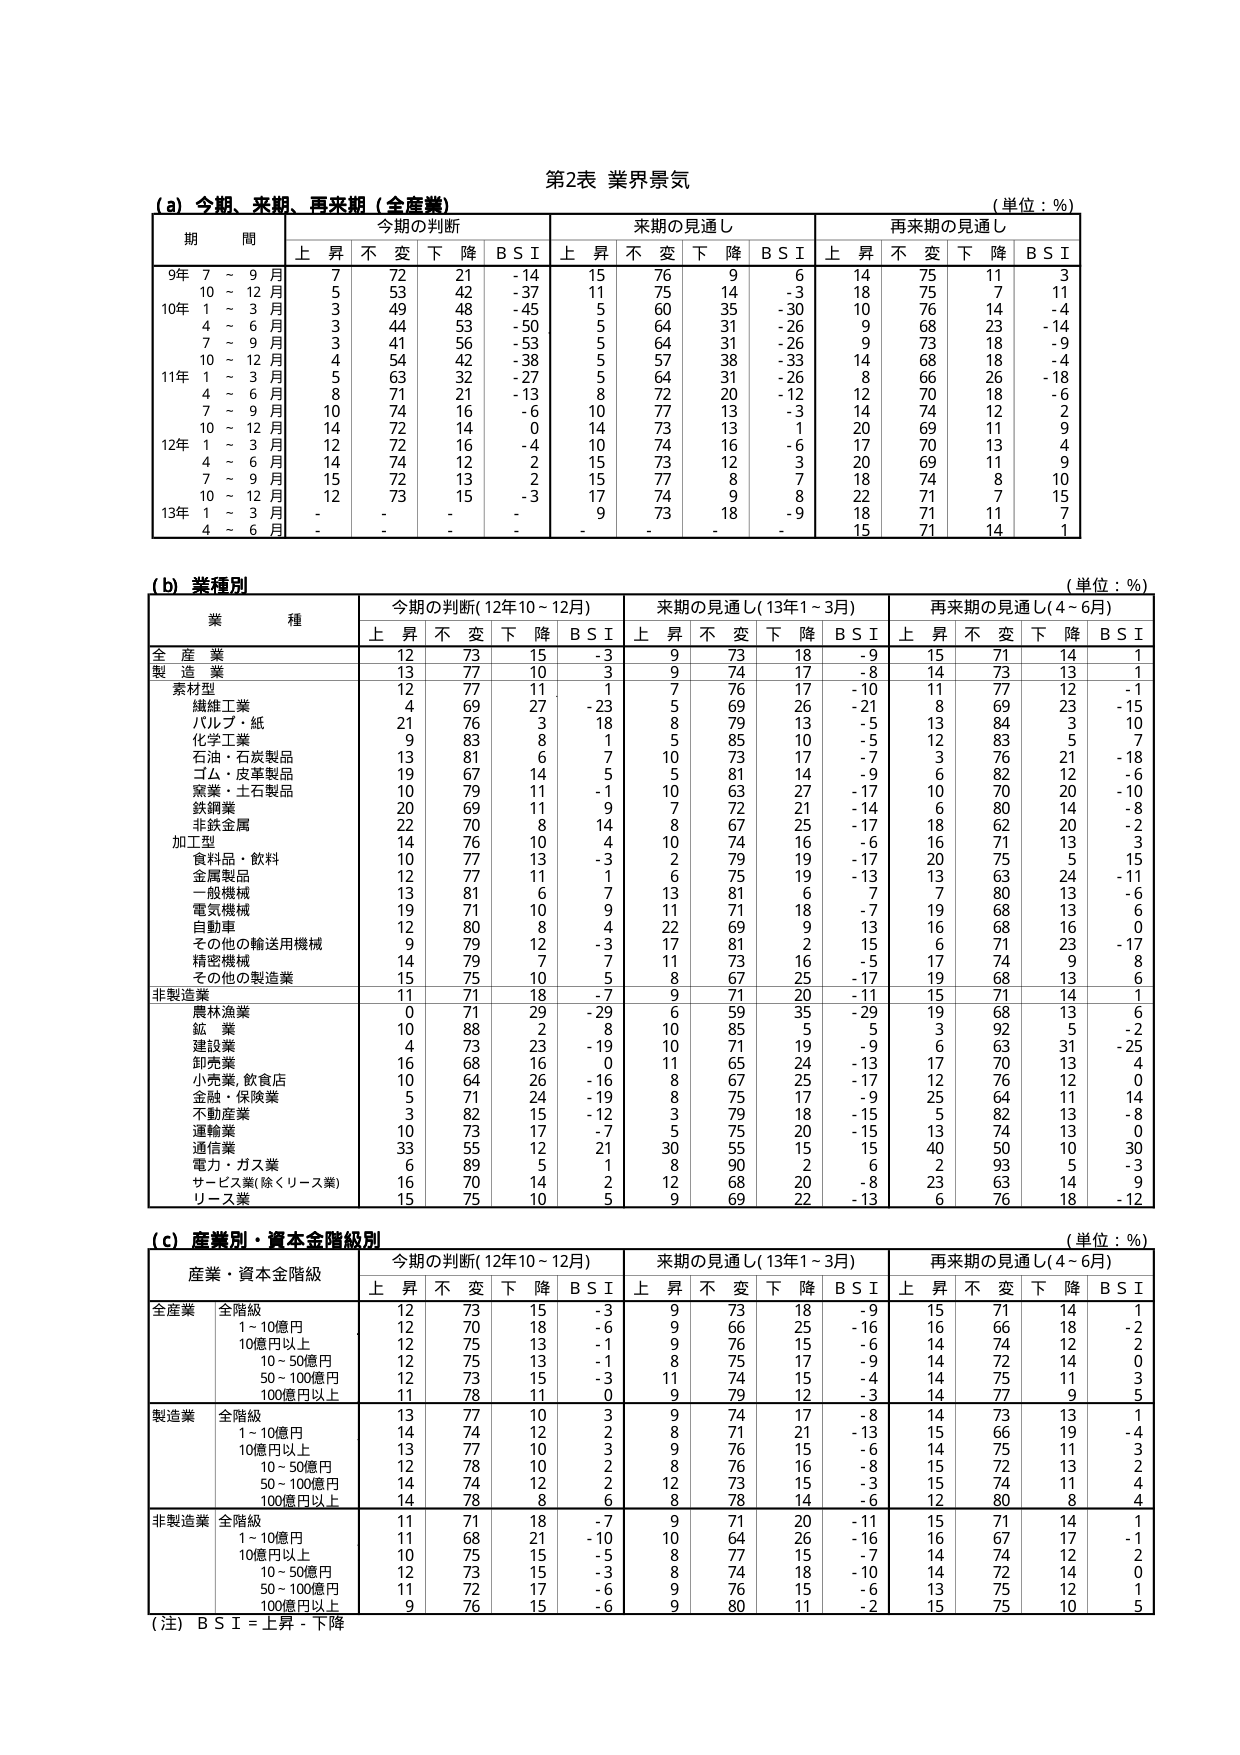
第2表 業界景気

(a) 今期、来期、再来期（全産業）
（単位：%）

期 間 今期の判断 来期の見通し 再来期の見通し
上 昇 不 変 下 降 B S I 上 昇 不 変 下 降 B S I 上 昇 不 変 下 降 B S I

9年 7 ～ 9 月 7 72 21 -14 15 76 9 6 14 75 11 3
10 ～ 12 月 5 53 42 -37 11 75 14 -3 18 75 7 11
10年 1 ～ 3 月 3 49 48 -45 5 60 35 -30 10 76 14 -4
4 ～ 6 月 3 44 53 -50 5 64 31 -26 9 68 23 -14
7 ～ 9 月 3 41 56 -53 5 64 31 -26 9 73 18 -9
10 ～ 12 月 4 54 42 -38 5 57 38 -33 14 68 18 -4
11年 1 ～ 3 月 5 63 32 -27 5 64 31 -26 8 66 26 -18
4 ～ 6 月 8 71 21 -13 8 72 20 -12 12 70 18 -6
7 ～ 9 月 10 74 16 -6 10 77 13 -3 14 74 12 2
10 ～ 12 月 14 72 14 0 14 73 13 1 20 69 11 9
12年 1 ～ 3 月 12 72 16 -4 10 74 16 -6 17 70 13 4
4 ～ 6 月 14 74 12 2 15 73 12 3 20 69 11 9
7 ～ 9 月 15 72 13 2 15 77 8 7 18 74 8 10
10 ～ 12 月 12 73 15 -3 17 74 9 8 22 71 7 15
13年 1 ～ 3 月 - - - - 9 73 18 -9 18 71 11 7
4 ～ 6 月 - - - - - - - - 15 71 14 1

(b) 業種別
（単位：%）

業 種 今期の判断（12年10～12月） 来期の見通し（13年1～3月） 再来期の見通し（4～6月）
上 昇 不 変 下 降 B S I 上 昇 不 変 下 降 B S I 上 昇 不 変 下 降 B S I

全 産 業 12 73 15 -3 9 73 18 -9 15 71 14 1
製 造 業 13 77 10 3 9 74 17 -8 14 73 13 1
　素材型 12 77 11 1 7 76 17 -10 11 77 12 -1
　　繊維工業 4 69 27 -23 5 69 26 -21 8 69 23 -15
　　パルプ・紙 21 76 3 18 8 79 13 -5 13 84 3 10
　　化学工業 9 83 8 1 5 85 10 -5 12 83 5 7
　　石油・石炭製品 13 81 6 7 10 73 17 -7 3 76 21 -18
　　ゴム・皮革製品 19 67 14 5 5 81 14 -9 6 82 12 -6
　　窯業・土石製品 10 79 11 -1 10 63 27 -17 10 70 20 -10
　　鉄鋼業 20 69 11 9 7 72 21 -14 6 80 14 -8
　　非鉄金属 22 70 8 14 8 67 25 -17 18 62 20 -2
　加工型 14 76 10 4 10 74 16 -6 16 71 13 3
　　食料品・飲料 10 77 13 -3 2 79 19 -17 20 75 5 15
　　金属製品 12 77 11 1 6 75 19 -13 13 63 24 -11
　　一般機械 13 81 6 7 13 81 6 7 7 80 13 -6
　　電気機械 19 71 10 9 11 71 18 -7 19 68 13 6
　　自動車 12 80 8 4 22 69 9 13 16 68 16 0
　　その他の輸送用機械 9 79 12 -3 17 81 2 15 6 71 23 -17
　　精密機械 14 79 7 7 11 73 16 -5 17 74 9 8
　　その他の製造業 15 75 10 5 8 67 25 -17 19 68 13 6
非製造業 11 71 18 -7 9 71 20 -11 15 71 14 1
　農林漁業 0 71 29 -29 6 59 35 -29 19 68 13 6
　鉱 業 10 88 2 8 10 85 5 5 3 92 5 -2
　建設業 4 73 23 -19 10 71 19 -9 6 63 31 -25
　卸売業 16 68 16 0 11 65 24 -13 17 70 13 4
　小売業、飲食店 10 64 26 -16 8 67 25 -17 12 76 12 0
　金融・保険業 5 71 24 -19 8 75 17 -9 25 64 11 14
　不動産業 3 82 15 -12 3 79 18 -15 5 82 13 -8
　運輸業 10 73 17 -7 5 75 20 -15 13 74 13 0
　通信業 33 55 12 21 30 55 15 15 40 50 10 30
　電力・ガス業 6 89 5 1 8 90 2 6 2 93 5 -3
　サービス業（除くリース業） 16 70 14 2 12 68 20 -8 23 63 14 -9
　リース業 15 75 10 5 9 69 22 -13 6 76 18 -12

(c) 産業別・資本金階級別
（単位：%）

産業・資本金階級 今期の判断（12年10～12月） 来期の見通し（13年1～3月） 再来期の見通し（4～6月）
上 昇 不 変 下 降 B S I 上 昇 不 変 下 降 B S I 上 昇 不 変 下 降 B S I

全産業 全階級 12 73 15 -3 9 73 18 -9 15 71 14 1
　　1～10億円 12 70 18 -6 9 66 25 -16 16 66 18 -2
　　10億円以上 12 75 13 -1 9 76 15 -6 14 74 12 2
　　10～50億円 12 75 13 -1 8 75 17 -9 14 72 14 0
　　50～100億円 12 73 15 -3 11 74 15 -4 14 75 11 3
　　100億円以上 11 78 11 0 9 79 12 -3 14 77 9 5

製造業 全階級 13 77 10 3 9 74 17 -8 14 73 13 1
　　1～10億円 14 74 12 2 8 71 21 -13 15 66 19 -4
　　10億円以上 13 77 10 3 9 76 15 -6 14 75 11 3
　　10～50億円 12 78 10 2 8 76 16 -8 15 72 13 2
　　50～100億円 14 74 12 2 12 73 15 -3 15 74 11 4
　　100億円以上 14 78 8 6 8 78 14 -6 12 80 8 4

非製造業 全階級 11 71 18 -7 9 71 20 -11 15 71 14 1
　　1～10億円 11 68 21 -10 10 64 26 -16 16 67 17 -1
　　10億円以上 10 75 15 -5 8 77 15 -7 14 74 12 2
　　10～50億円 12 73 15 -3 8 74 18 -10 14 72 14 0
　　50～100億円 11 72 17 -6 9 76 15 -6 13 75 12 1
　　100億円以上 9 76 15 -6 9 80 11 -2 15 75 10 5

（注）B S I = 上昇 - 下降